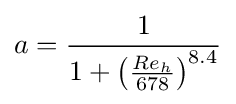
a={\frac {1}{1+\left({\frac {Re_{h}}{678}}\right)^{8.4}}}